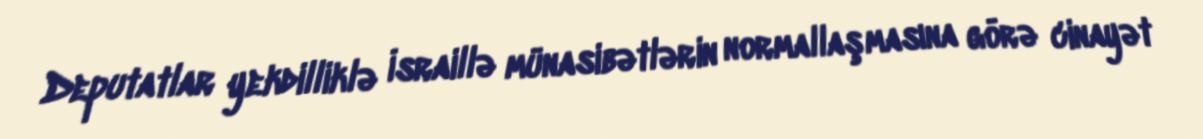
Deputatlar yekdilliklə İsraillə münasibətlərin normallaşmasına görə cinayət